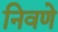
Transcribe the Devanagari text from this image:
निवणे